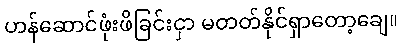
ဟန်ဆောင်ဖုံးဖိခြင်းငှာ မတတ်နိုင်ရှာတော့ချေ။